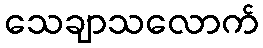
သေချာသလောက်